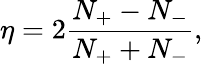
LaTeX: \eta=2\frac{N_{+}-N_{-}}{N_{+}+N_{-}},